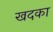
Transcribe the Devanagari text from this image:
खदका